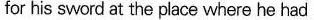
for his sword at the place where he had